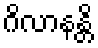
ဂိလာနန္တိ